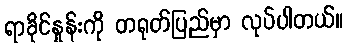
ရာခိုင်နှုန်းကို တရုတ်ပြည်မှာ လုပ်ပါတယ်။